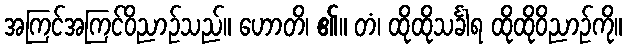
အကြင်အကြင်ဝိညာဉ်သည်။ ဟောတိ၊ ၏။ တံ၊ ထိုထိုသင်္ခါရ ထိုထိုဝိညာဉ်ကို။